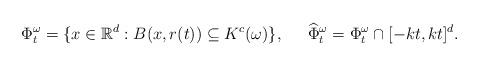
LaTeX: \begin{align*}\Phi_t^\omega=\{x\in\mathbb{R}^d:B(x,r(t))\subseteq K^c(\omega)\}, \quad\:\: \widehat{\Phi}_t^\omega=\Phi_t^\omega \cap [-kt,kt]^d . \end{align*}